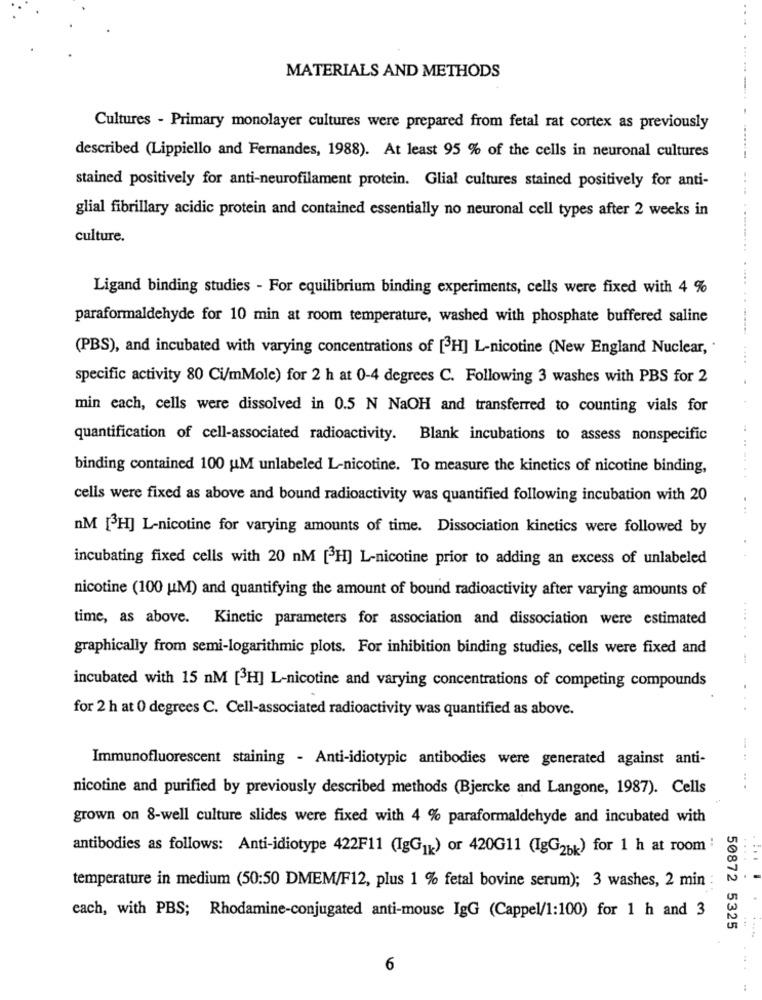
MATERIALS AND METHODS
Cultures - Primary monolayer cultures were prepared from fetal rat cortex as previously
described (Lippiello and Fernandes, 1988). At least 95 % of the cells in neuronal cultures
stained positively for anti-neurofilament protein. Glial cultures stained positively for anti-
glial fibrillary acidic protein and contained essentially no neuronal cell types after 2 weeks in
culture.
Ligand binding studies - For equilibrium binding experiments, cells were fixed with 4 %
paraformaldehyde for 10 min at room temperature, washed with phosphate buffered saline
(PBS), and incubated with varying concentrations of [3H] L-nicotine (New England Nuclear,
specific activity 80 Ci/mMole) for 2 h at 0-4 degrees C. Following 3 washes with PBS for 2
min each, cells were dissolved in 0.5 N NaOH and transferred to counting vials for
quantification of cell-associated radioactivity. Blank incubations to assess nonspecific
....
binding contained 100 uM unlabeled L-nicotine. To measure the kinetics of nicotine binding,
cells were fixed as above and bound radioactivity was quantified following incubation with 20
. ..
nM [3H] L-nicotine for varying amounts of time. Dissociation kinetics were followed by
incubating fixed cells with 20 nM [3H] L-nicotine prior to adding an excess of unlabeled
nicotine (100 UM) and quantifying the amount of bound radioactivity after varying amounts of
time, as above. Kinetic parameters for association and dissociation were estimated
graphically from semi-logarithmic plots. For inhibition binding studies, cells were fixed and
......-
incubated with 15 nM [3H] L-nicotine and varying concentrations of competing compounds
for 2 h at 0 degrees C. Cell-associated radioactivity was quantified as above.
Immunofluorescent staining - Anti-idiotypic antibodies were generated against anti-
nicotine and purified by previously described methods (Bjercke and Langone, 1987). Cells
... ...
grown on 8-well culture slides were fixed with 4 % paraformaldehyde and incubated with
antibodies as follows: Anti-idiotype 422F11 (IgG1k) or 420G11 (IgG2bk) for 1 h at room :
temperature in medium (50:50 DMEM/F12, plus 1 % fetal bovine serum); 3 washes, 2 min
each, with PBS; Rhodamine-conjugated anti-mouse IgG (Cappel/1:100) for 1 h and 3
50872 5325
...
6